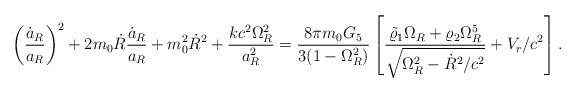
\begin{align*}\left({\dot{a}_R\over a_R}\right)^2+2m_0\dot{R}{\dot{a}_R\over a_R}+m^2_0\dot{R}^2+{{kc^2\Omega^2_R}\over a^2_R}={{8\pi m_0G_5}\over{3(1-\Omega^2_R)}}\left[{{\tilde{\varrho}_1\Omega_R+\varrho_2\Omega^5_R}\over\sqrt{\Omega^2_R-\dot{R}^2/c^2}}+V_r/c^2\right].\end{align*}